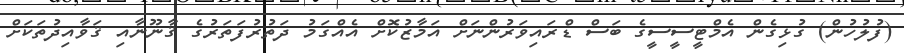
(ފުލުހުން) ގުޅިގެން އެމްޓީސީސީގެ ބަސް ޑްރައިވަރުންނަށް އަމާޒުކޮށް އެއްގަމު ދަތުރުފަތަރުގެ ޤާނޫނާއި ޤަވާއިދުތަކަށް